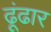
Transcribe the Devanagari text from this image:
ढूंढार